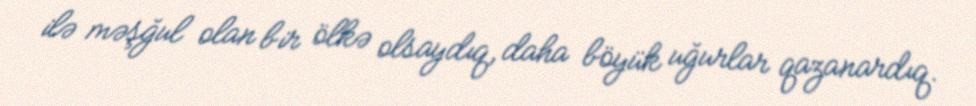
ilə məşğul olan bir ölkə olsaydıq, daha böyük uğurlar qazanardıq.